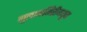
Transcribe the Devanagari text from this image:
गुलामगिरीमधून